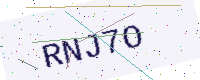
Text: RNJ7O